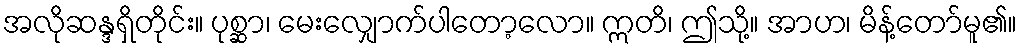
အလိုဆန္ဒရှိတိုင်း။ ပုစ္ဆာ၊ မေးလျှောက်ပါတော့လော။ ဣတိ၊ ဤသို့။ အာဟ၊ မိန့်တော်မူ၏။